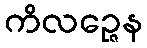
ကိလဉ္ဇေန